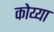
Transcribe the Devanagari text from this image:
कोय्या